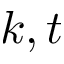
k , t